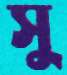
সু